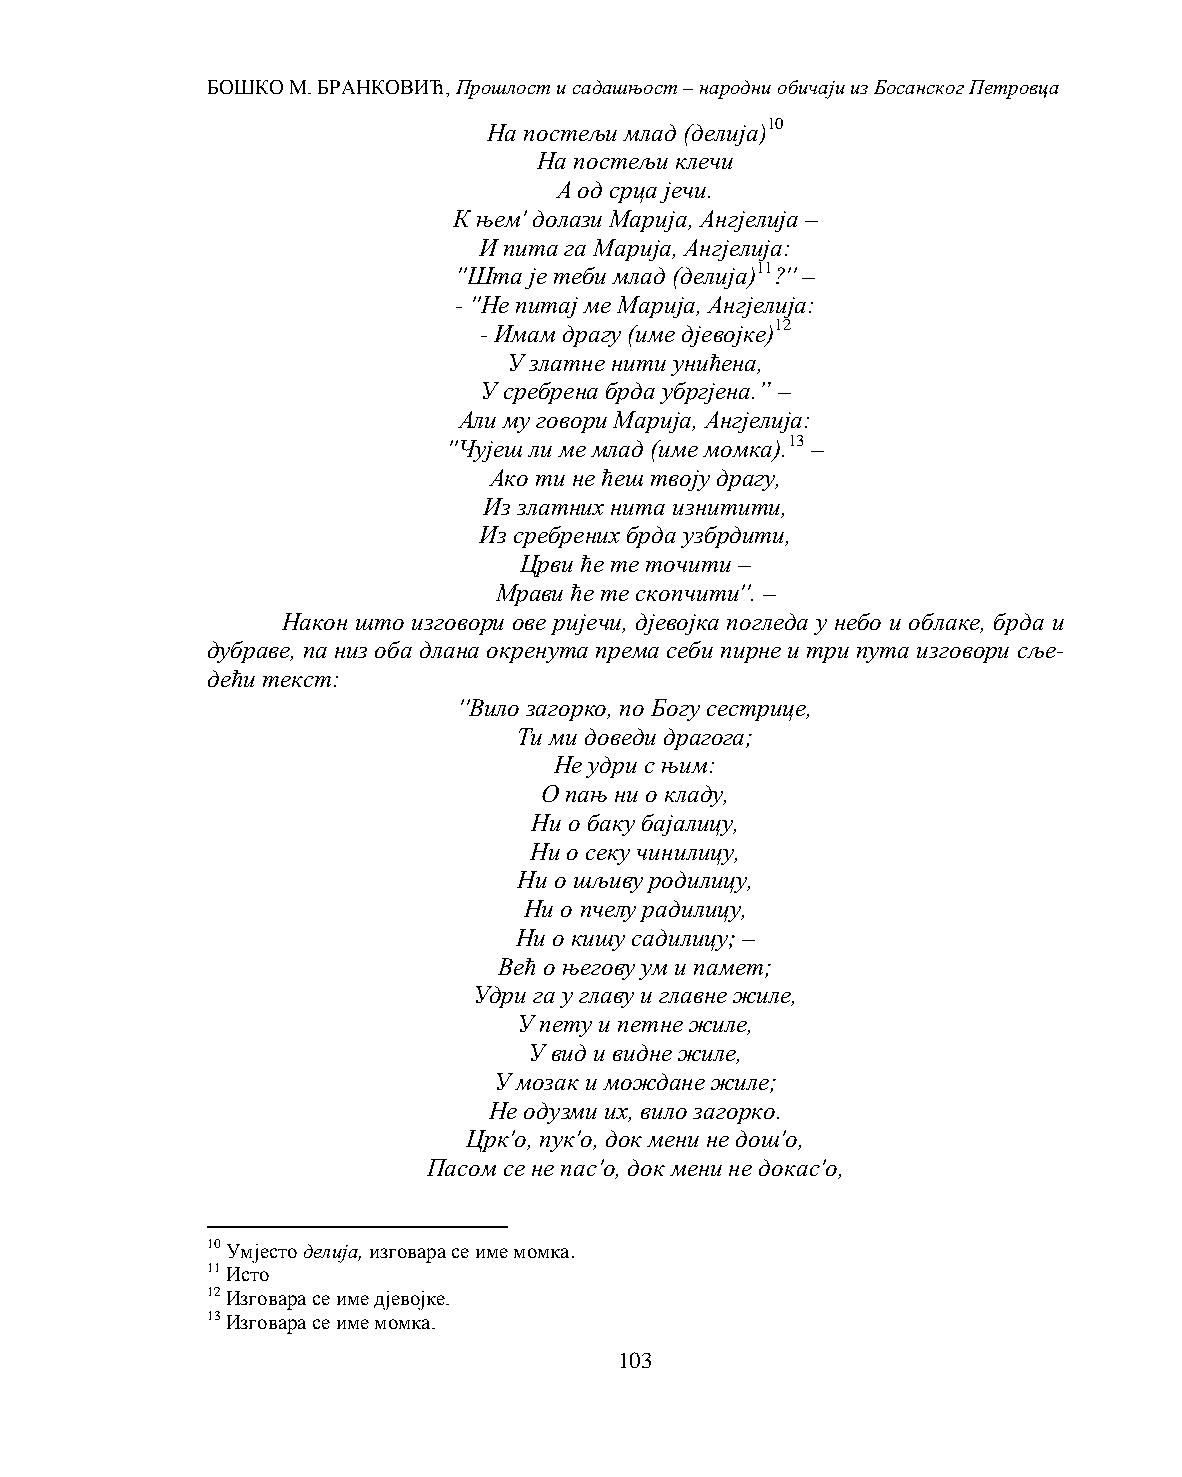
БОШКО М. БРАНКОВИЋ, Прошлост и садашњост – народни обичаји из Босанског Петровца
 На постељи млад (делија)10
 На постељи клечи
 А од срца јечи.
 К њем' долази Марија, Ангјелија –
 И пита га Марија, Ангјелија:
 ''Шта је теби млад (делија)11?'' –
 - ''Не питај ме Марија, Ангјелија:
 - Имам драгу (име дјевојке)12
 У златне нити унићена,
 У сребрена брда убргјена.” –
 Али му говори Марија, Ангјелија:
 ''Чујеш ли ме млад (име момка).13 –
 Ако ти не ћеш твоју драгу,
 Из златних нита изнитити,
 Из сребрених брда узбрдити,
 Црви ће те точити –
 Мрави ће те скопчити''. –
 Након што изговори ове ријечи, дјевојка погледа у небо и облаке, брда и
 дубраве, па низ оба длана окренута према себи пирне и три пута изговори сље-
 дећи текст:
 ''Вило загорко, по Богу сестрице,
 Ти ми доведи драгога;
 Не удри с њим:
 О пањ ни о кладу,
 Ни о баку бајалицу,
 Ни о секу чинилицу,
 Ни о шљиву родилицу,
 Ни о пчелу радилицу,
 Ни о кишу садилицу; –
 Већ о његову ум и памет;
 Удри га у главу и главне жиле,
 У пету и петне жиле,
 У вид и видне жиле,
 У мозак и мождане жиле;
 Не одузми их, вило загорко.
 Црк'о, пук'о, док мени не дош'о,
 Пасом се не пас'о, док мени не докас'о,
 10 Умјесто делија, изговара се име момка.
 11 Исто
 12 Изговара се име дјевојке.
 13 Изговара се име момка.
 103